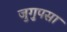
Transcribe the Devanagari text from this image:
जुगुपसा